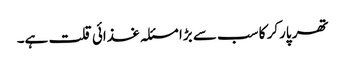
تھر پارکر کا سب سے بڑا مسئلہ غذائی قلت ہے۔